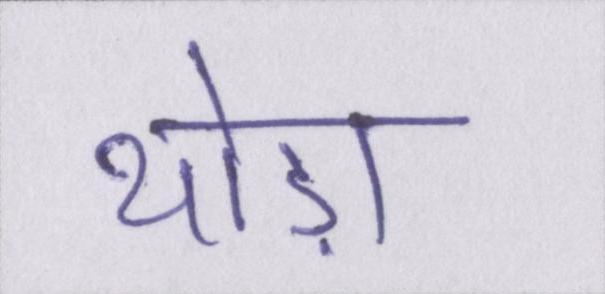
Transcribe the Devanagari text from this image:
थोड़ा